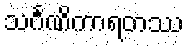
သင်္ဂဏိကာရတဿ